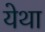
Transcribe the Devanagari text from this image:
येथा